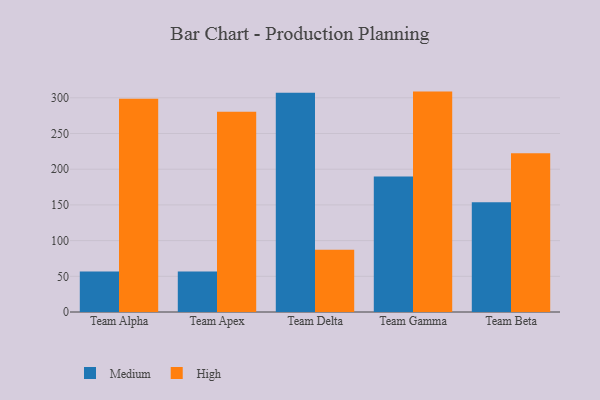
{"axis": {"x": "Team", "y": "Shipments"}, "legend": ["High", "Medium"], "data": [{"x": "Team Alpha", "y": 56.7, "type": "Medium"}, {"x": "Team Alpha", "y": 298.7, "type": "High"}, {"x": "Team Apex", "y": 56.7, "type": "Medium"}, {"x": "Team Apex", "y": 280.4, "type": "High"}, {"x": "Team Delta", "y": 307.0, "type": "Medium"}, {"x": "Team Delta", "y": 87.2, "type": "High"}, {"x": "Team Gamma", "y": 189.9, "type": "Medium"}, {"x": "Team Gamma", "y": 308.7, "type": "High"}, {"x": "Team Beta", "y": 153.8, "type": "Medium"}, {"x": "Team Beta", "y": 222.4, "type": "High"}]}